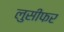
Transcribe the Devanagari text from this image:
लुसीफर